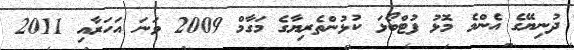
ދުނިޔޭގެ އެންމެ މޮޅު ފުޓްބޯޅަ ކުޅުންތެރިޔާގެ މަގާމް 2009 ވަނަ އަހަރާއި 2011